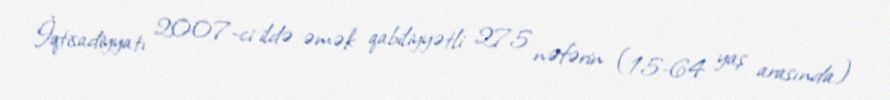
İqtisadiyyatı 2007-ci ildə əmək qabiliyyətli 275 nəfərin (15-64 yaş arasında)